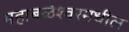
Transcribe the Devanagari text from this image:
महाबळेश्वरमधील